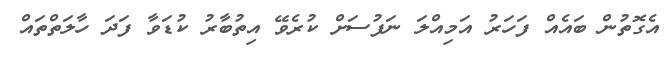
އެގޮތުން ބައެއް ފަހަރު އަމިއްލަ ނަފުސަށް ކުރެވޭ އިތުބާރު ކުޑަވާ ފަދަ ހާލަތްތައް